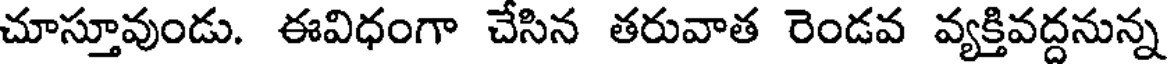
చూస్తూవుండు. ఈవిధంగా చేసిన తరువాత రెండవ వ్యక్తివద్దనున్న